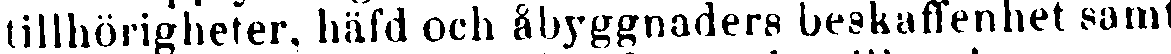
tillhörigheter, häfd och åbyggnaders beskaffenhet samt